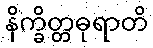
နိက္ခိတ္တဓုရာတိ